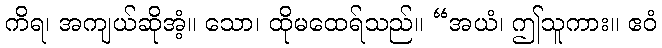
ကိရ၊ အကျယ်ဆိုအံ့။ သော၊ ထိုမထေရ်သည်။ “အယံ၊ ဤသူကား။ ဧဝံ